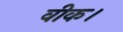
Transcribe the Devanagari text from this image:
वीक।